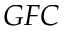
G F C